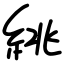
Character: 絩